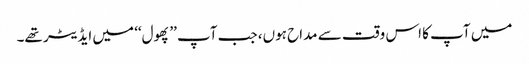
میں آپ کا اس وقت سے مداح ہوں، جب آپ ’’پھول‘‘ میں ایڈیٹر تھے۔